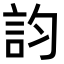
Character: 𧥺